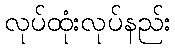
လုပ်ထုံးလုပ်နည်း